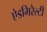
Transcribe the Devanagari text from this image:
ऐडमिरैल्टी